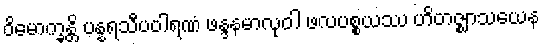
ဝိမောက္ခန္တိ ပန္နရသီပဝါရဏံ ဖန္ဒနမာလုဝါ ဖလပစ္စယဿ ဟိတဇ္ဈာသယေန